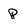
Character: p